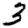
Digit: 3